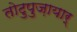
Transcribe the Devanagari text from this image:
तोटुपुज़ायार्